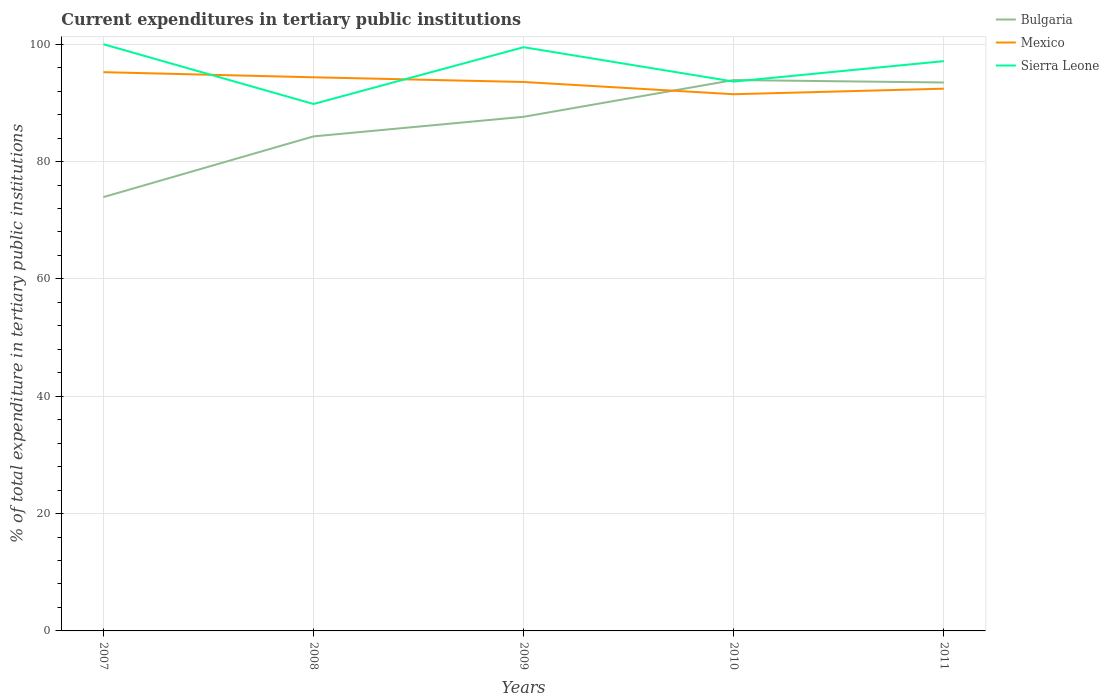
| Years | Bulgaria | Mexico | Sierra Leone |
 | --- | --- | --- | --- |
 | 2007 | 73.9 | 95.2 | 100 |
 | 2008 | 84.3 | 94.4 | 89.8 |
 | 2009 | 87.6 | 93.6 | 99.5 |
 | 2010 | 93.9 | 91.5 | 93.6 |
 | 2011 | 93.5 | 92.4 | 97.1 |